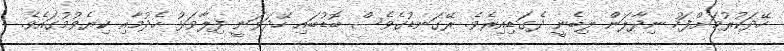
ހޭދަކުރުމަށްފަހު ނިދާލަން ލިބެނީ ދެގަޑިއިރެވެ. ރޭގަނޑުގެވެސް ބޮޑުބައި ހޭދަވަނީ ފިލާވަޅު ހެދުމާއި ކިޔެވުމުގައެވެ.